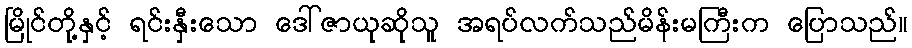
မြိုင်တို့နှင့် ရင်းနှီးသော ဒေါ်ဇာယုဆိုသူ အရပ်လက်သည်မိန်းမကြီးက ပြောသည်။